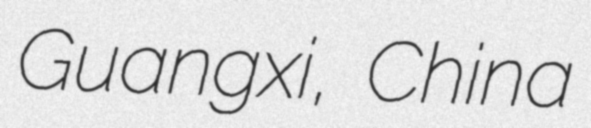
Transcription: Guangxi, China